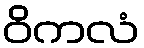
ဝိကလံ